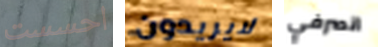
احسست لايريدون انصرفي